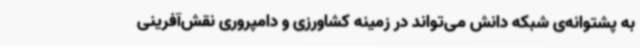
به پشتوانه‌ی شبکه دانش می‌تواند در زمینه کشاورزی و دامپروری نقش‌آفرینی